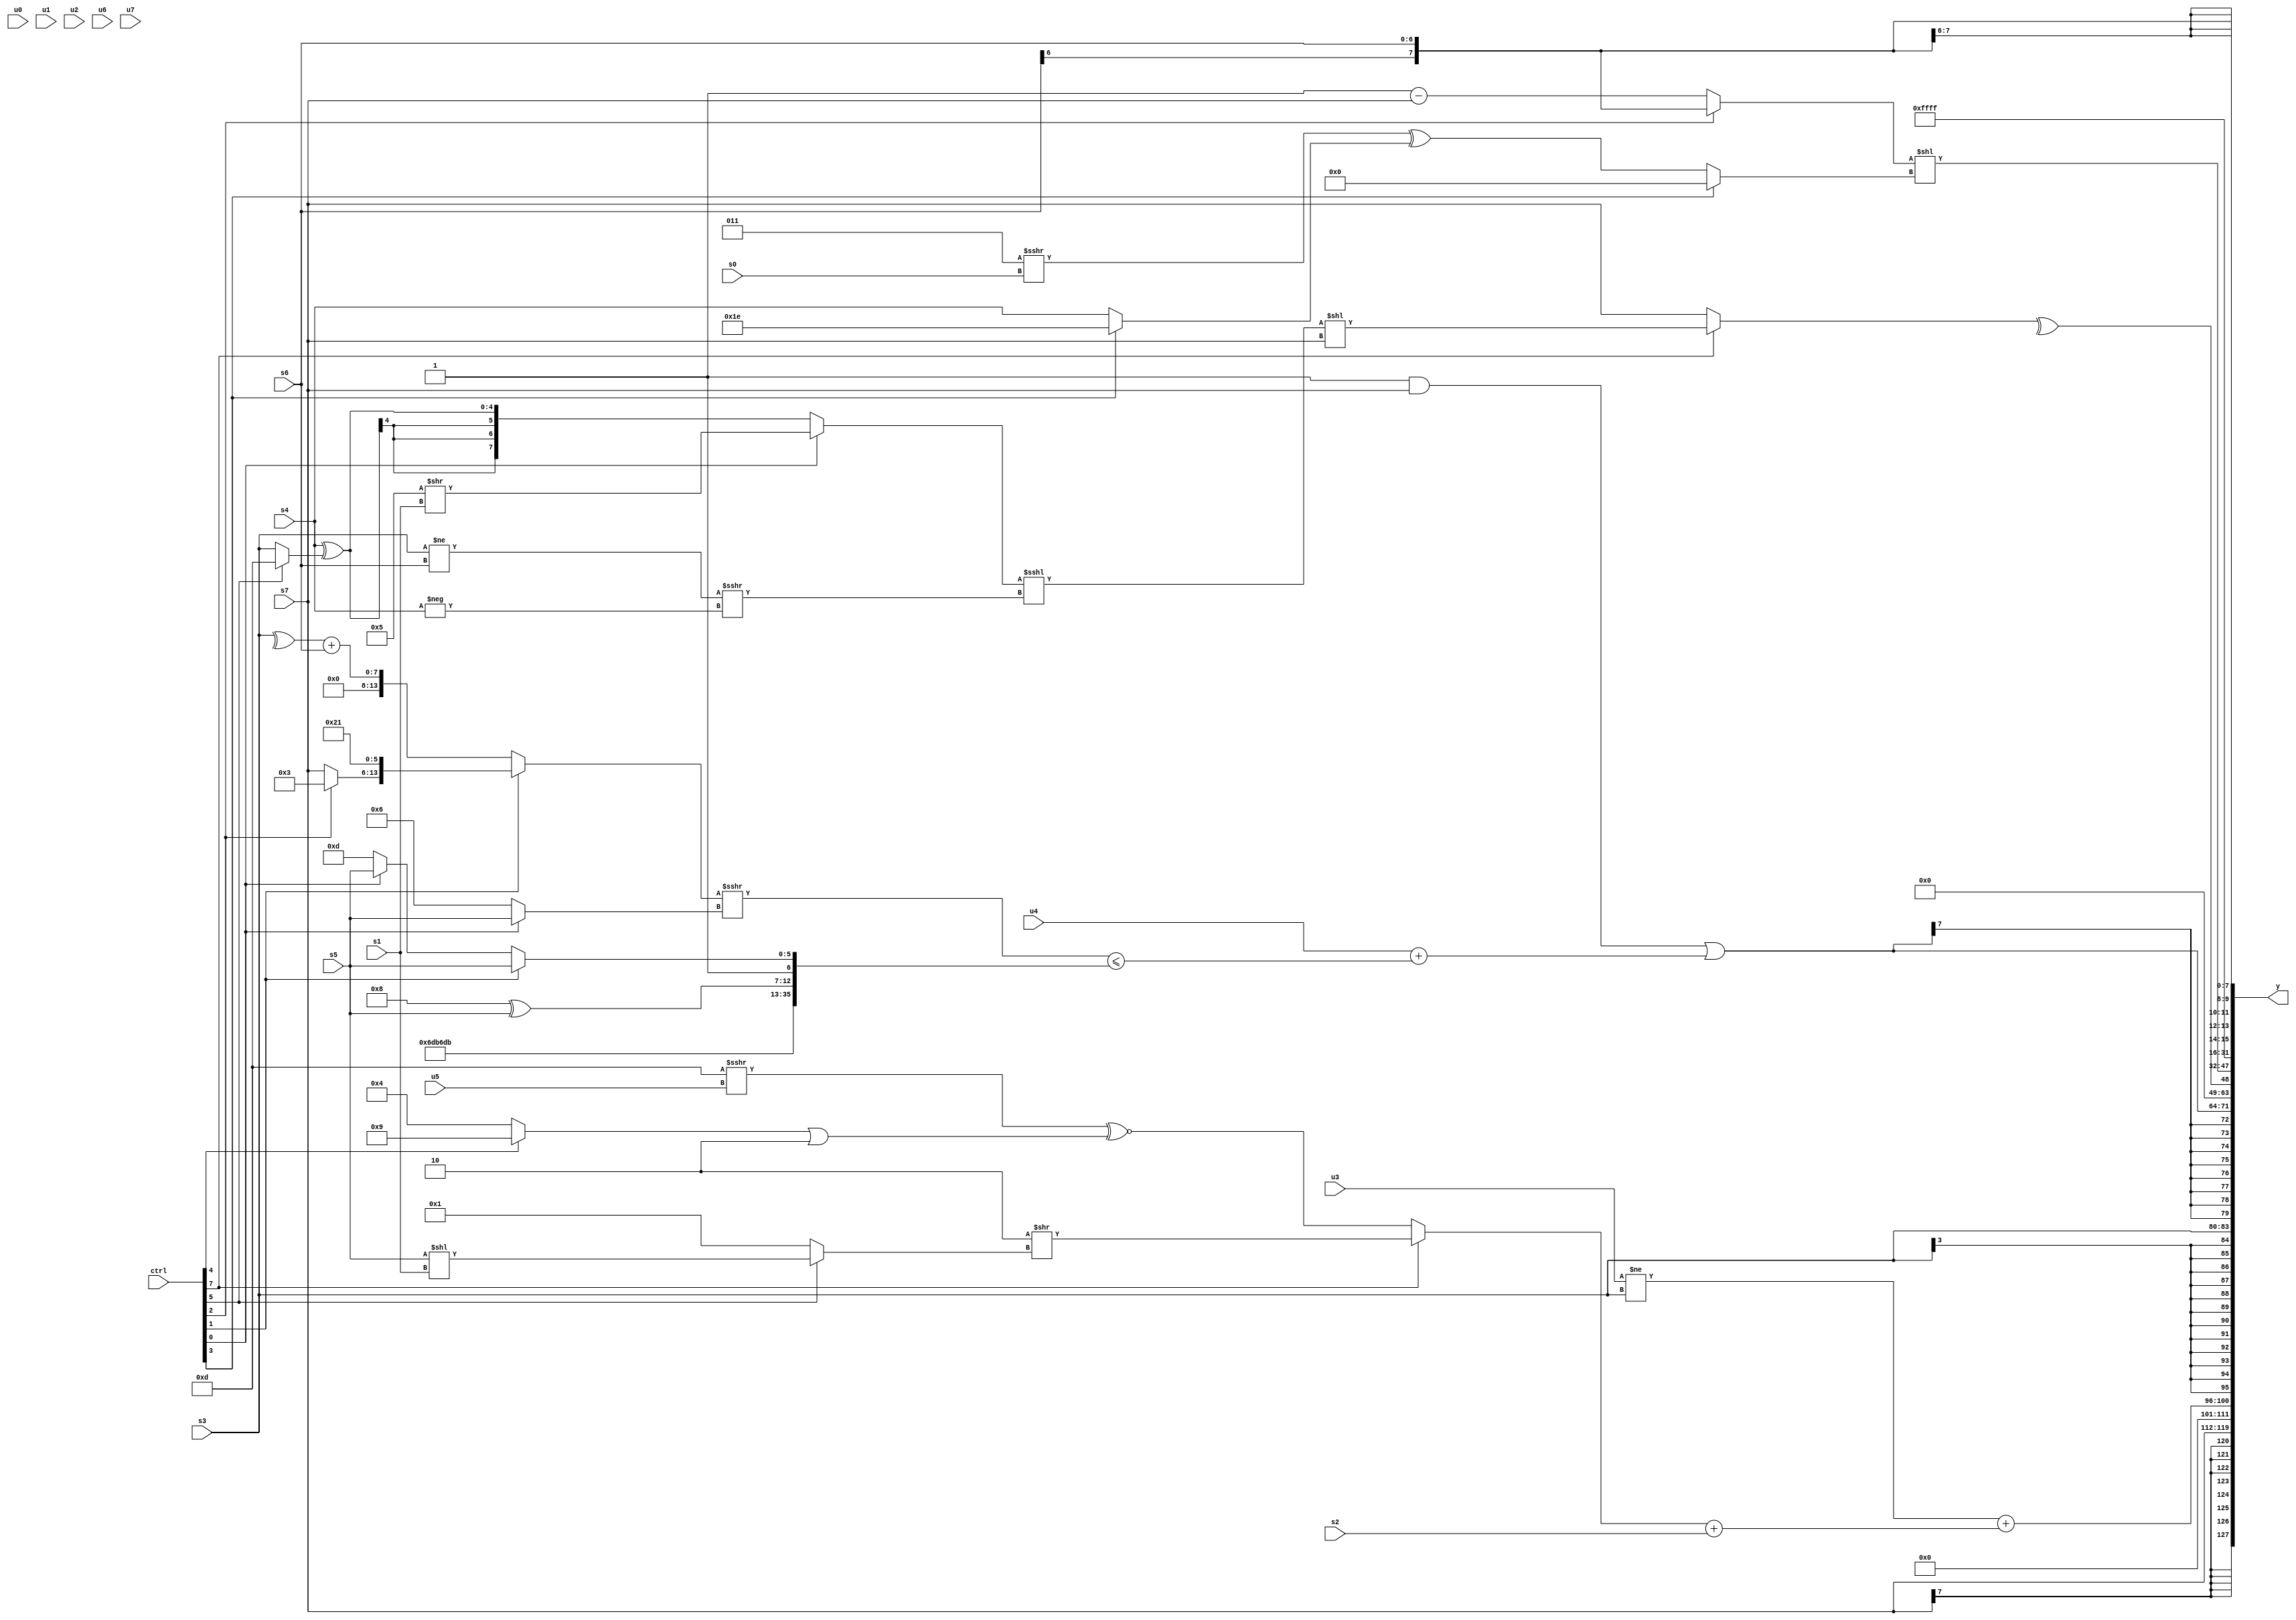
module wideexpr_00879(ctrl, u0, u1, u2, u3, u4, u5, u6, u7, s0, s1, s2, s3, s4, s5, s6, s7, y);
  input [7:0] ctrl;
  input [0:0] u0;
  input [1:0] u1;
  input [2:0] u2;
  input [3:0] u3;
  input [4:0] u4;
  input [5:0] u5;
  input [6:0] u6;
  input [7:0] u7;
  input signed [0:0] s0;
  input signed [1:0] s1;
  input signed [2:0] s2;
  input signed [3:0] s3;
  input signed [4:0] s4;
  input signed [5:0] s5;
  input signed [6:0] s6;
  input signed [7:0] s7;
  output [127:0] y;
  wire [15:0] y0;
  wire [15:0] y1;
  wire [15:0] y2;
  wire [15:0] y3;
  wire [15:0] y4;
  wire [15:0] y5;
  wire [15:0] y6;
  wire [15:0] y7;
  assign y = {y0,y1,y2,y3,y4,y5,y6,y7};
  assign y0 = $signed(s7);
  assign y1 = (+((+(u3))!=(s3)))+($signed((+((ctrl[7]?+((2'sb10)>>((ctrl[5]?(s5)<<(s1):6'sb000001))):((-(3'b011))>>>(+({1{u5}})))^~(+(((ctrl[4]?4'sb1001:4'sb0100))|(2'sb10))))))+(s2)));
  assign y2 = s3;
  assign y3 = ((2'sb11)&($signed(s7)))|($signed(+((u4)+((((ctrl[1]?{(ctrl[2]?3'sb011:s7),~(6'sb011110)}:(^(s3))+($signed(s6))))>>>((ctrl[0]?(s5)>>>((u1)>>>(4'sb1100)):5'sb00110)))<=({{2{$unsigned({4{3'sb011}})}},(4'sb1000)^(s5),~^($unsigned((s6)>>(5'sb10010))),(ctrl[1]?s5:(ctrl[0]?s5:6'sb001101))})))));
  assign y4 = (^($signed((ctrl[7]?(((ctrl[0]?($signed(4'b0101))>>($signed(s1)):(s4)^((ctrl[5]?4'sb1101:s3))))<<<(((s3)!=(s6))>>>(+(-(s4)))))<<(s7):s7))))<<<(4'sb0000);
  assign y5 = ($signed($signed((ctrl[2]?s6:$signed((1'sb1)-(s7))))))<<($signed((ctrl[3]?-(2'sb00):($signed((3'sb011)>>>(s0)))^((ctrl[3]?3'sb110:s4)))));
  assign y6 = 1'sb1;
  assign y7 = s6;
endmodule